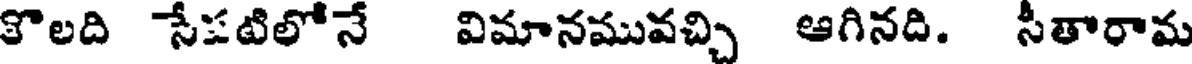
కొలది సేపటిలోనే విమానమువచ్చి ఆగినది. సీతారామ